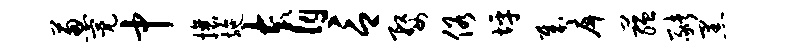
葱亮中攘施育言婺俗坪哉戽蕴猪黑